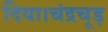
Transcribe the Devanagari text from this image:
दिया।चंद्रचूड़